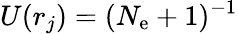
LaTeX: U(r_{j})=(N_{\mathrm{e}}+1)^{-1}